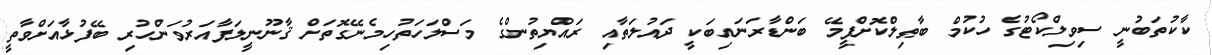
ކާކުތަބުނީ ސިވިލްކޯޓުގެ ހުކުމް ބާޠިލްކޮށްފީމޭ ބަންޑާރަނައިބަކީ ދައުލަތާއި ރައްޔިތުންގެ މަސްލަހަތުހިމެނޭގޮތަށް ޤާނޫނީލަފާއަރުވަންހުރި ބޭފުޅާއަށްވާތީ